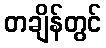
တချိန်တွင်